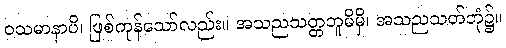
ဝသမာနာပိ၊ ဖြစ်ကုန်သော်လည်း။ အသညသတ္တဘူမိမှိ၊ အသညသတ်ဘုံ၌။